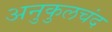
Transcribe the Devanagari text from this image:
अनुकुलचंद